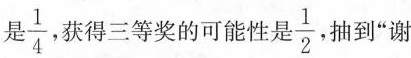
是\frac{1}{4}，获得三等奖的可能性是 frac{1}{2}抽到”谢